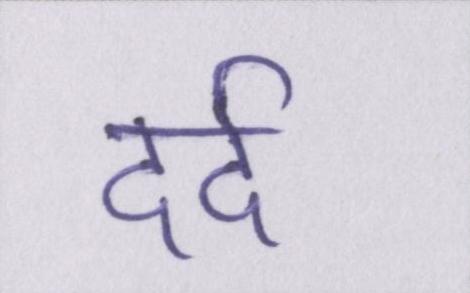
दर्द